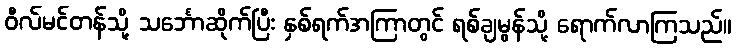
ဝီလ်မင်တန်သို့ သင်္ဘောဆိုက်ပြီး နှစ်ရက်အကြာတွင် ရစ်ချမွန်သို့ ရောက်လာကြသည်။